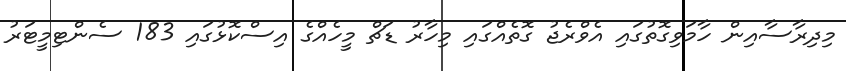
މިދިރާސާއިން ހާމަވިގޮތުގައި އެވްރެޖު ގޮތެއްގައި މިހާރު ޑަޗް މީހެއްގެ އިސްކޮޅުގައި 183 ސެންޓިމީޓަރު